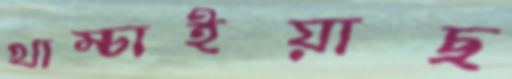
খাম্‌চাইয়াছ